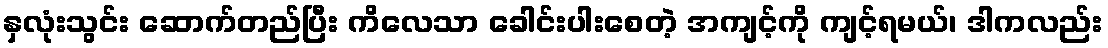
နှလုံးသွင်း ဆောက်တည်ပြီး ကိလေသာ ခေါင်းပါးစေတဲ့ အကျင့်ကို ကျင့်ရမယ်၊ ဒါကလည်း